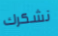
نشكرك